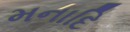
મનાદિ